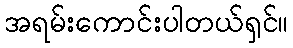
အရမ်းကောင်းပါတယ်ရှင်။